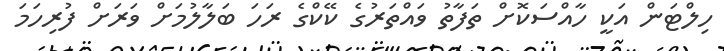
ހިލްޓަން އަކީ ހާއްސަކޮށް ތަފާތު ވައްތަރުގެ ކޭކްގެ ރަހަ ބަލާލުމަށް ވަރަށް ފުރިހަމަ